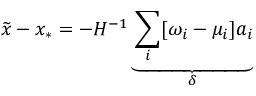
\widetilde { x } - x _ { * } = - H ^ { - 1 } \underbrace { \sum _ { i } [ \omega _ { i } - \mu _ { i } ] a _ { i } } _ { \delta }